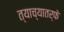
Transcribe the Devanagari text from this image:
त्याच्यातर्फे